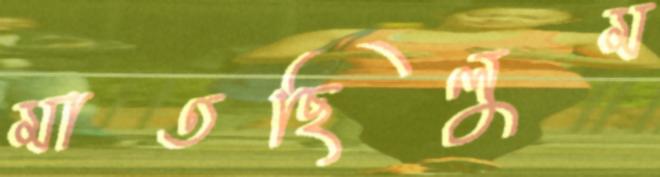
মাতছিলুম